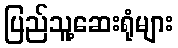
ပြည်သူ့ဆေးရုံများ